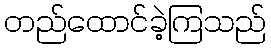
တည်ထောင်ခဲ့ကြသည်